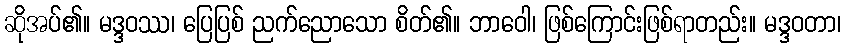
ဆိုအပ်၏။ မဒ္ဒဝဿ၊ ပြေပြစ် ညက်ညောသော စိတ်၏။ ဘာဝေါ၊ ဖြစ်ကြောင်းဖြစ်ရာတည်း။ မဒ္ဒဝတာ၊